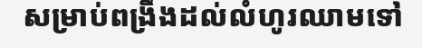
សម្រាប់ពង្រឹងដល់លំហូរឈាមទៅ